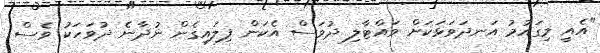
"އެއީ މިގައުމު އަނދަވަޅަކަށް ވައްޓާލި ދުވަސް އެކަން ފިލައިގެން ނުދާނެ ދުވަހަކު ވެސް